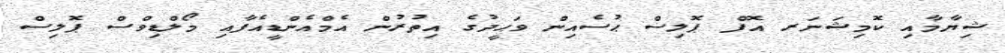
ޝިޔާމާއި ކޮމިޝަނަރ އޮފް ޕޮލިސް ޙުސެއިން ވަޙީދުގެ އިތުރުން އެމްއެންޑީއެފާއި މޯލްޑިވްސް ޕޮލިސް